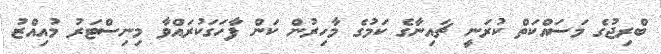
ބްރިޖުގެ މަސައްކަތް ކުރަނީ ޗައިނާގެ ކަމުގެ މާހިރުން ކަން ފާހަަގަކުރައްވާ މިނިސްޓަރު މުއިއްޒު